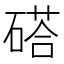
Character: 𥔽